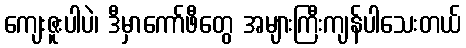
ကျေးဇူးပါပဲ၊ ဒီမှာကော်ဖီတွေ အများကြီးကျန်ပါသေးတယ်